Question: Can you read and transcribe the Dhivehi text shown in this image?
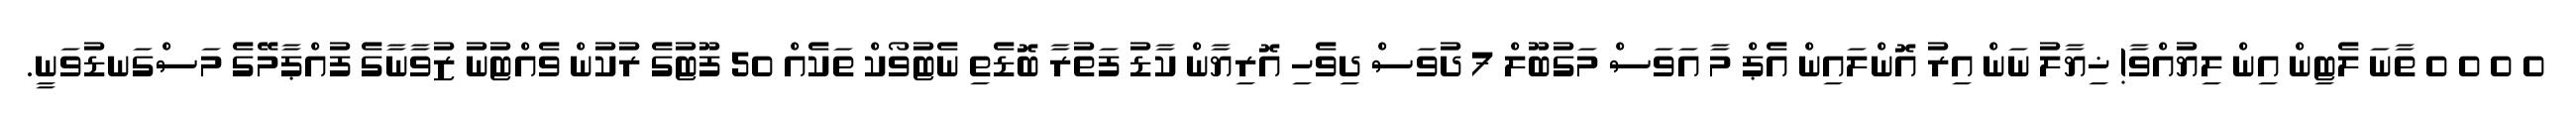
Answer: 0 0 0 0 ތާނަ ލެޓިން އިން ލިޔުއްވާ! ޚިޔާލު ނަން އިރު އޮންލައިން އެޕް މާ އަވަސް މަގުބޫލް 7 ދުވަސް ދިވެހި އޮރިޔާން ކާޑު ފަތުރާ ބޮޑެތި ނެޓުވޯކް ތަކެއް 50 ފޫޓުގެ ރުކުން ވެއްޓުނު ޒުވާނާގެ ފުއްޕާމޭގެ މަސްގަނޑުވަނީ.